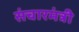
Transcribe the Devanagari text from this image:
संचारमंत्री